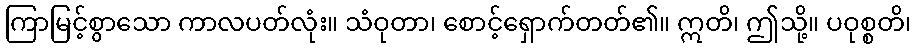
ကြာမြင့်စွာသော ကာလပတ်လုံး။ သံဝုတာ၊ စောင့်ရှောက်တတ်၏။ ဣတိ၊ ဤသို့။ ပဝုစ္စတိ၊